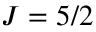
J = 5 / 2